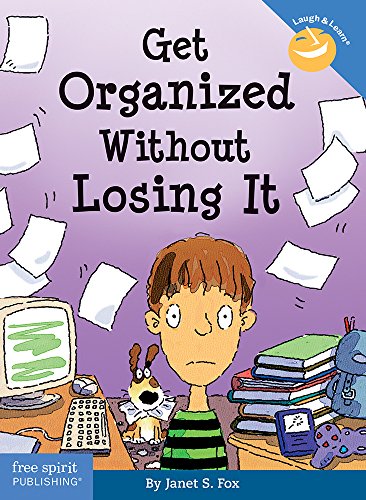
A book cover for Get Organized Without Losing It (Laugh & LearnÂ®); Janet S. Fox; Test Preparation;